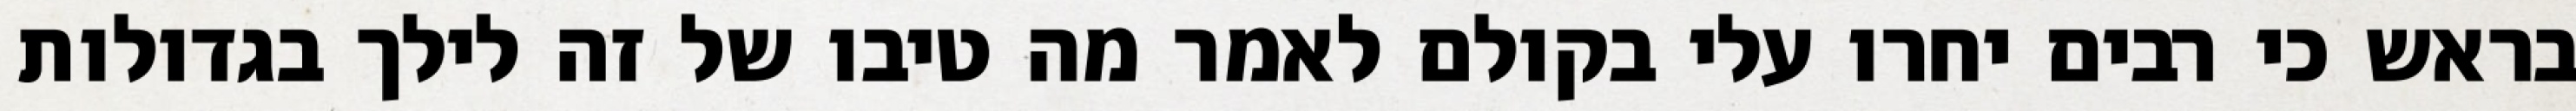
בראש כי רבים יחרו עלי בקולם לאמר מה טיבו של זה לילך בגדולות